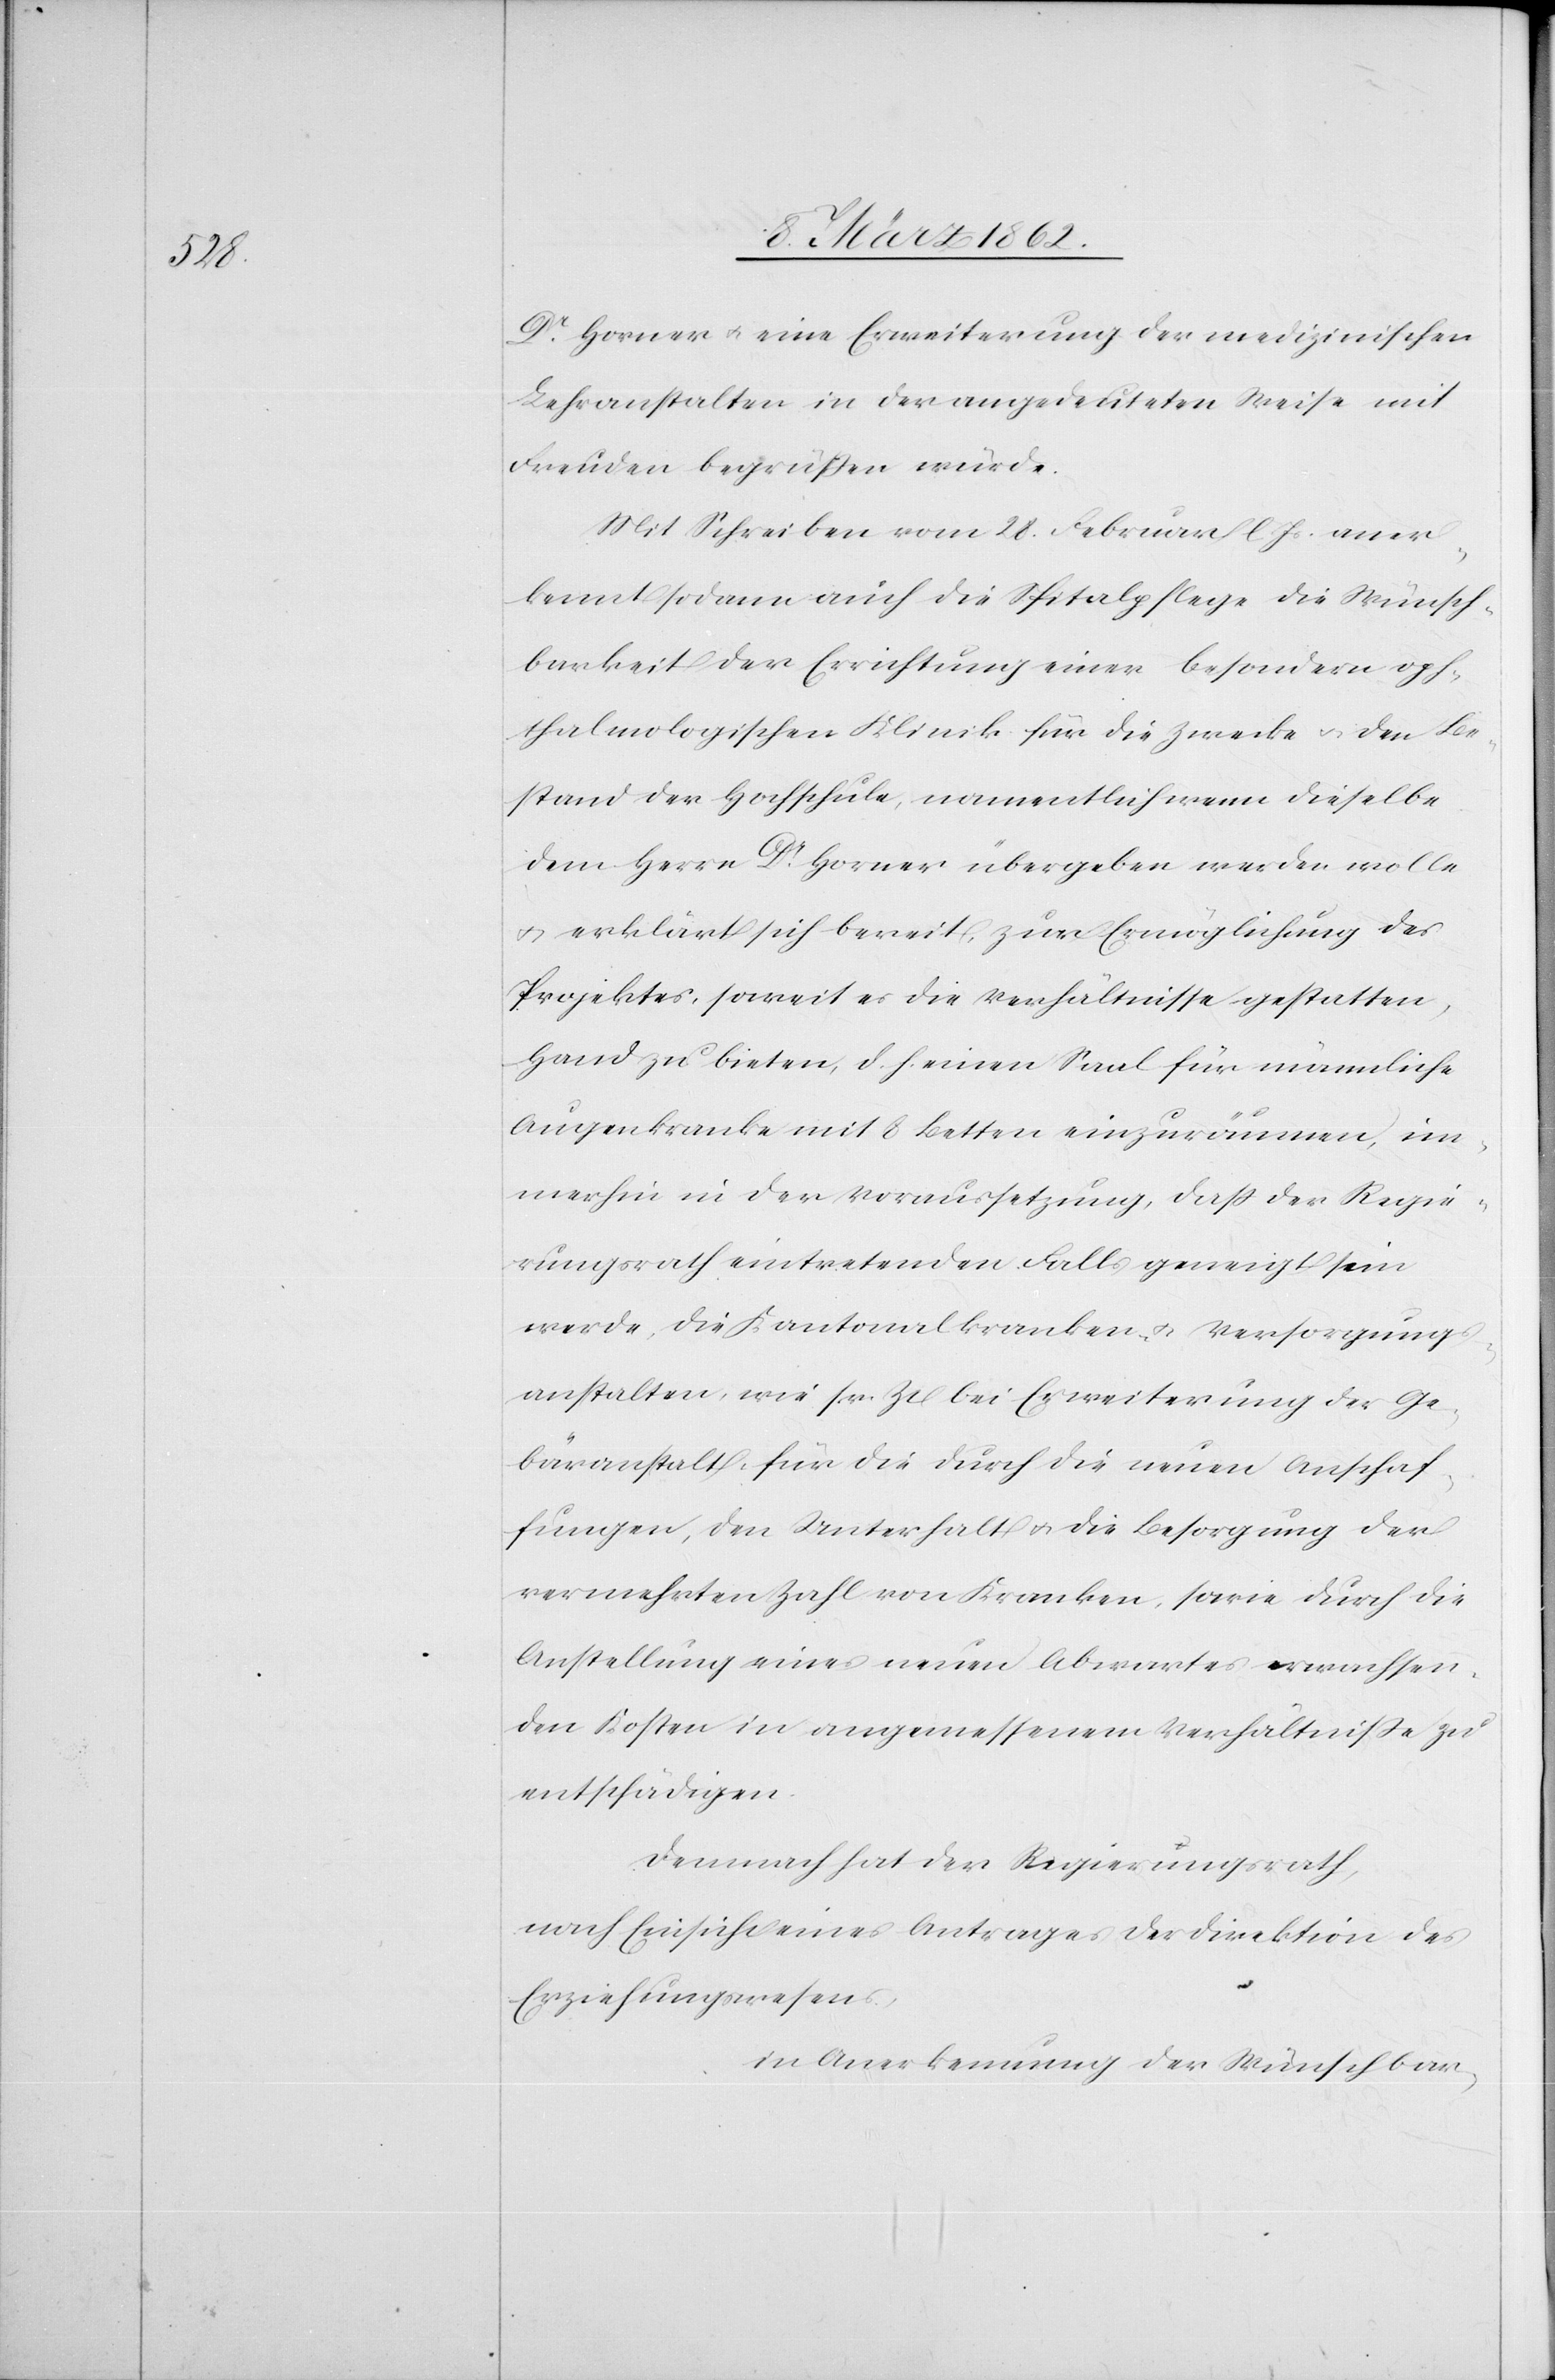
Dr. Horner u. eine Erweiterung der medizinischen
Lehranstalten in der angedeuteten Weise mit
Freuden begrüßen würde.
Mit Schreiben vom 28. Februar l. Js. aner¬
kennt sodann auch die Spitalpflege die Wünsch¬
barkeit der Errichtung einer besondern oph¬
talmologischen Klinik für die Zwecke u. den Be¬
stand der Hochschule, namentlich wenn dieselbe
dem Herrn Dr. Horner übergeben werden wolle
u. erklärt sich bereit, zur Ermöglichung des
Projektes, soweit es die Verhältnisse gestatten,
Hand zu bieten, d. h. einen Saal für männliche
Augenkranke mit 8 Betten einzuräumen, im¬
merhin in der Voraussetzung, daß der Regie¬
rungsrath eintretenden Falls geneigt sein
werde, die Kantonalkranken- u. Versorgungs¬
anstalten, wie sr. Zt bei Erweiterung der Ge¬
bäranstalt, für die durch die neuen Anschaf¬
fungen, den Unterhalt u. die Besorgung der
vermehrten Zahl von Kranken, sowie durch die
Anstellung eines neuen Abwartes erwachsen¬
den Kosten in angemessenem Verhältniße zu
entschädigen.
Demnach hat der Regierungsrath,
nach Einsicht eines Antrages der Direktion des
Erziehungswesens,
in Anerkennung der Wünschbar-